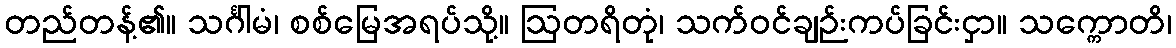
တည်တန့်၏။ သင်္ဂါမံ၊ စစ်မြေအရပ်သို့။ ဩတရိတုံ၊ သက်ဝင်ချဉ်းကပ်ခြင်းငှာ။ သက္ကောတိ၊